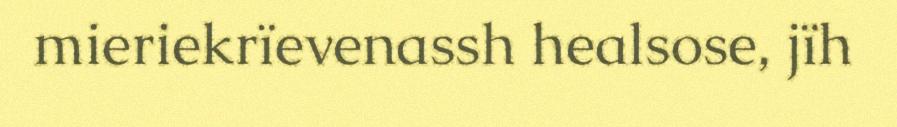
mieriekrïevenassh healsose, jïh